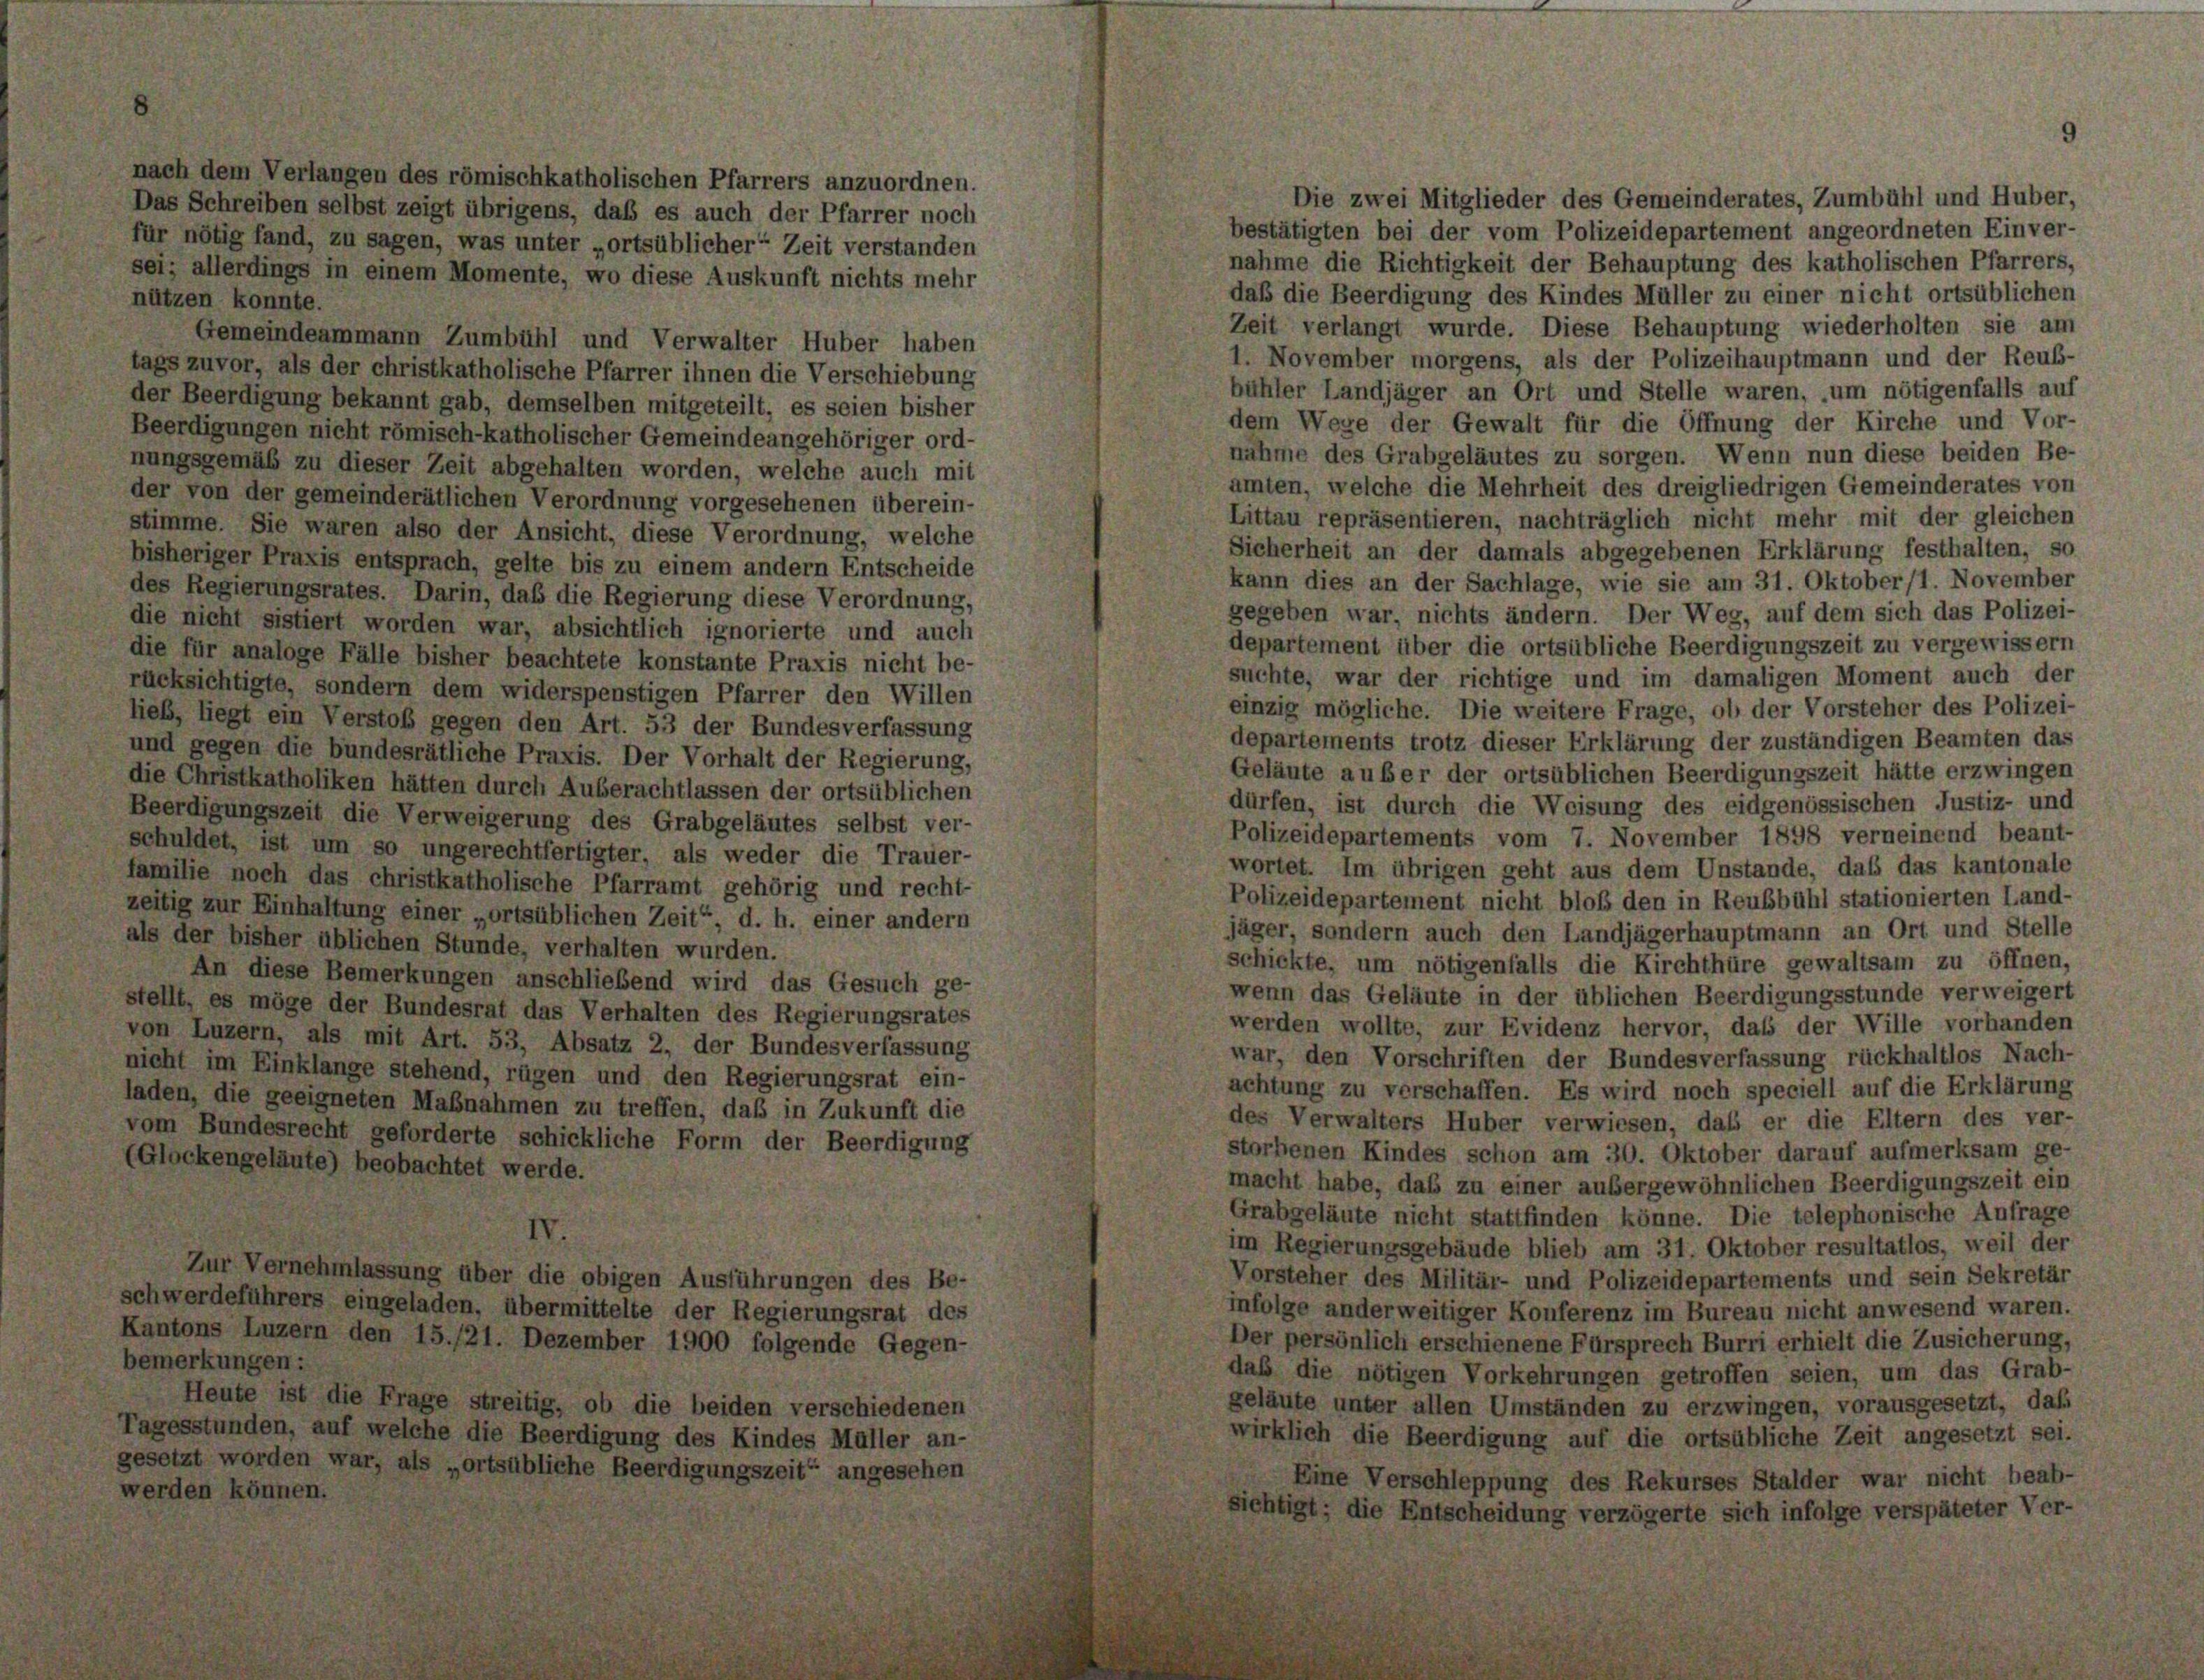
nach dem Verlangen des römischkatholischen Pfarrers anzuordnen.
Das Schreiben selbst zeigt übrigens, daß es auch der Pfarrer noch
ür nötig fand, zu sagen, was unter „ortsüblicher Zeit verstanden
ei; allerdings in einem Momente, wo diese Auskunft nichts mehr
nützen konnte.
Gemeindeammann Zumbühl und Verwalter Huber haben
ags zuvor, als der christkatholische Pfarrer ihnen die Verschiebung
ler Beerdigung bekannt gab, demselben mitgeteilt, es seien bisher
beerdigungen nicht römisch-katholischer Gemeindeangehöriger ord-
nungsgemäß zu dieser Zeit abgehalten worden, welche auch mit
der von der gemeinderätlichen Verordnung vorgesehenen überein-
stimme. Sie waren also der Ansicht, diese Verordnung, welche
isheriger Praxis entsprach, gelte bis zu einem andern Entscheide
les Regierungsrates. Darin, daß die Regierung diese Verordnung,
die nicht sistiert worden war, absichtlich ignorierte und auch
ie für analoge Fälle bisher beachtete konstante Praxis nicht be-
ücksichtigte, sondern dem widerspenstigen Pfarrer den Willen
ieb, liegt ein Verstoß gegen den Art. 53 der Bundesverfassung
und gegen die bundesrätliche Praxis. Der Vorhalt der Regierung,
lie Christkatholiken hätten durch Auberachtlassen der ortsüblichen
Beerdigungszeit die Verweigerung des Grabgeläutes selbst ver-
schuldet, ist um so ungerechtfertigter, als weder die Trauer-
amilie noch das christkatholische Pfarramt gehörig und recht-
eitig zur Einhaltung einer „ortsüblichen Zeit“, d. h. einer andern
als der bisher üblichen Stunde, verhalten wurden.
An diese Bemerkungen anschließend wird das Gesuch ge-
tellt, es möge der Bundesrat das Verhalten des Regierungsrates
on Luzern, als mit Art. 53, Absatz 2, der Bundesverfassung
icht im Einklange stehend, rügen und den Regierungsrat ein-
den, die geeigneten Maßnahmen zu treffen, daß in Zukunft die
om Bundesrecht geforderte schickliche Form der Beerdigung
Glockengeläute) beobachtet werde.

über die obigen Ausführungen f
den, übermittelte der Regierungs-
5./21. Dezember 1900 folgende

8.

b die beiden verschie
gung des Kindes Müll

les Be
at de

Die zwei Mitglieder des Gemeinderates, Zumbühl und Huber,
bestätigten bei der vom Polizeidepartement angeordneten Einver-
nahme die Richtigkeit der Behauptung des katholischen Pfarrers,
daß die Beerdigung des Kindes Müller zu einer nicht ortsüblichen
Zeit verlangt wurde. Diese Behauptung wiederholten sie am
1. November morgens, als der Polizeihauptmann und der Reuß-
bühler Landjäger an Ort und Stelle waren, um nötigenfalls auf
dem Wege der Gewalt für die Öffnung der Kirche und Vor-
nähme des Grabgeläutes zu sorgen. Wenn nun diese beiden Be-
amten, welche die Mehrheit des dreigliedrigen Gemeinderates von
Littau repräsentieren, nachträglich nicht mehr mit der gleichen
Sicherheit an der damals abgegebenen Erklärung festhalten, so
kann dies an der Sachlage, wie sie am 31. Oktober/1. November
gegeben war, nichts ändern. Der Weg, auf dem sich das Polizei-
departement über die ortsübliche Beerdigungszeit zu vergewissern
suchte, war der richtige und im damaligen Moment auch der
einzig mögliche. Die weitere Frage, ob der Vorsteher des Polizei-
departements trotz dieser Erklärung der zuständigen Beamten das
Geläute auber der ortsüblichen Beerdigungszeit hätte erzwingen
dürfen, ist durch die Weisung des eidgenössischen Justiz- und
Polizeidepartements vom 7. November 1898 verneinend beant-
wortet. Im übrigen geht aus dem Unstande, daß das kantonale
Polizeidepartement nicht bloß den in Reubbühl stationierten Land-
jäger, sondern auch den Landjägerhauptmann an Ort und Stelle
schickte, um nötigenfalls die Kirchthüre gewaltsam zu öffnen,
wenn das Geläute in der üblichen Beerdigungsstunde verweigert
werden wollte, zur Evidenz hervor, daß der Wille vorhanden
war, den Vorschriften der Bundesverfassung rückhaltlos Nach-
achtung zu verschaffen. Es wird noch speciell auf die Erklärung
des Verwalters Huber verwiesen, daß er die Eltern des ver-
storbenen Kindes schon am 30. Oktober darauf aufmerksam ge-
macht habe, daß zu einer außergewöhnlichen Beerdigungszeit ein
Grabgeläute nicht stattfinden könne. Die telephonische Anfrage
im Regierungsgebäude blieb am 31. Oktober resultatlos, weil der
Vorsteher des Militär- und Polizeidepartements und sein Sekretär
infolge anderweitiger Konferenz im Bureau nicht anwesend waren.
Der persönlich erschienene Fürsprech Burri erhielt die Zusicherung,
daß die nötigen Vorkehrungen getroffen seien, um das Grab-
geläute unter allen Umständen zu erzwingen, vorausgesetzt, daf
wirklich die Beerdigung auf die ortsübliche Zeit angesetzt sei.
Eine Verschleppung des Rekurses Stalder war nicht beab-
sichtigt; die Entscheidung verzögerte sich infolge verspäteter Ver-